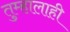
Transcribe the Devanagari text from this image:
तुम्हालाही